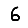
Digit: 6